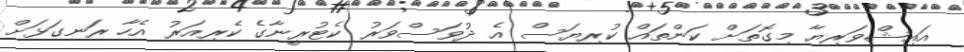
އައިޝްވަރިޔާ މިގޮތަށް ކަންތައް ކުރިޔަސް އެ ދުވަސްވަރު ކެޓުރީނާގެ ކެރިއަރު އެހާ ރަނގަޅަށް